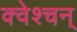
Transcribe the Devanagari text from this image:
क्वेश्चन्‌